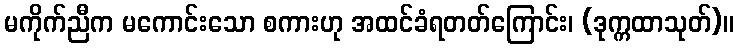
မကိုက်ညီက မကောင်းသော စကားဟု အထင်ခံရတတ်ကြောင်း၊ (ဒုက္ကထာသုတ်)။